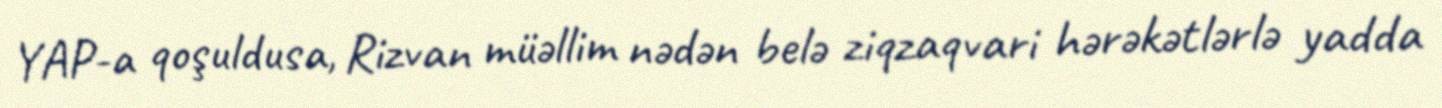
YAP-a qoşuldusa, Rizvan müəllim nədən belə ziqzaqvari hərəkətlərlə yadda